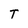
Character: T